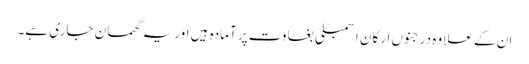
ان کے علاوہ درجنوں ارکان اسمبلی بغاوت پر آمادہ ہیں اور یہ گھمسان جاری ہے۔